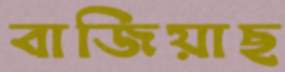
বাজিয়াছ